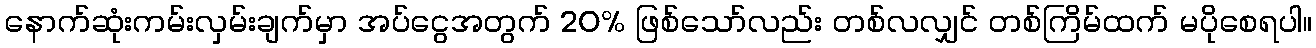
နောက်ဆုံးကမ်းလှမ်းချက်မှာ အပ်ငွေအတွက် 20% ဖြစ်သော်လည်း တစ်လလျှင် တစ်ကြိမ်ထက် မပိုစေရပါ။